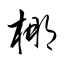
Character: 椰